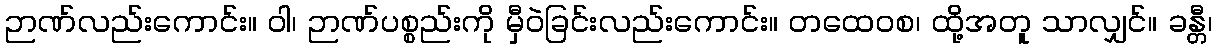
ဉာဏ်လည်းကောင်း။ ဝါ၊ ဉာဏ်ပစ္စည်းကို မှီဝဲခြင်းလည်းကောင်း။ တထေဝစ၊ ထို့အတူ သာလျှင်။ ခန္တီ၊